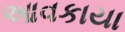
આવકાયા